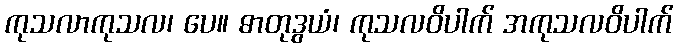
ကုသလာကုသလ၊ ပေ။ ဓာတုဒွယံ၊ ကုသလဝိပါက် အကုသလဝိပါက်